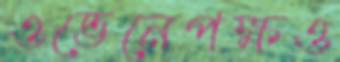
ওভেনেপক্ষও